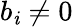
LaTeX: b_{\mathit{i}}\neq0